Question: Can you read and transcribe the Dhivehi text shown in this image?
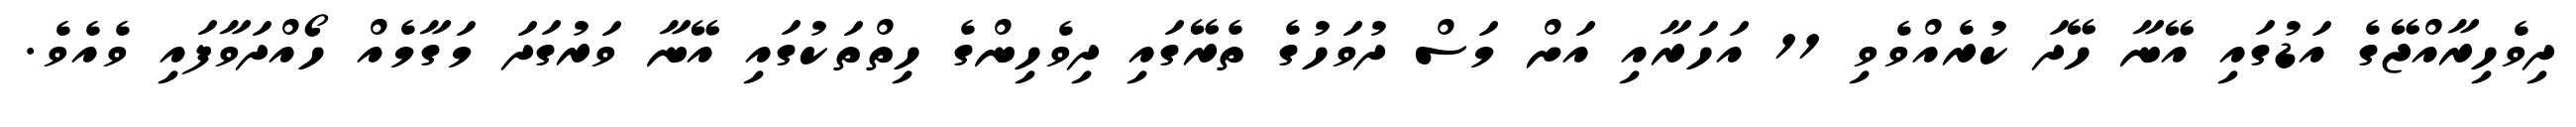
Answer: ދިވެހިރާއްޖޭގެ އަޑުގައި އޭނާ ހޭދަ ކުރެއްވެވި 11 އަހަރާއި އަށް މަސް ދުވަހުގެ ތެރޭގައި ދިވެހިންގެ ހިތްތަކުގައި އޭނާ ވަރުގަދަ މަގާމެއް ހޯއްދަވާފައި ވެއެވެ.